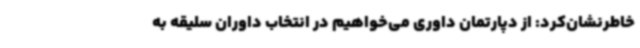
خاطرنشان‌کرد: از دپارتمان داوری می‌خواهیم در انتخاب داوران سلیقه به